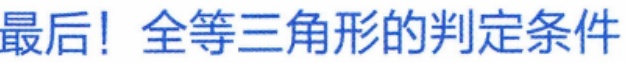
最后！全等三角形的判定条件